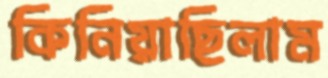
কিনিয়াছিলাম